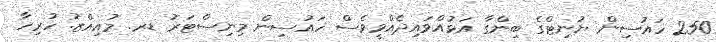
250 ހައުސިން ޔުނިޓްގެ ބިންގާ އަޅުއްވައިދެއްވީވެސް ހައުސިން މިނިސްޓަރު ޑރ. މުއިއްޒު. ހުރިހާ